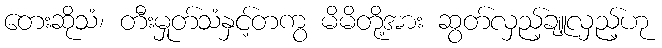
တေးဆိုသံ၊ တီးမှုတ်သံနှင့်တကွ မိမိတို့အား ဆွတ်လှည့်ချူလှည့်ဟု